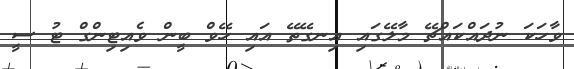
ވާހަކަ ނުދައްކައްޗޭ މާލޭގައި އިނގޭތޭ އައި ހޭވް ބީން ވެއިޓިންގް ޓު ސީ